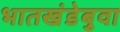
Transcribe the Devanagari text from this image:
भातखंडेबुवा